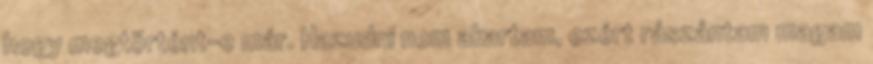
hogy megtörtént-e már. Hazudni nem akartam, ezért rászántam magam